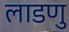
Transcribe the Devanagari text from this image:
लाडणु